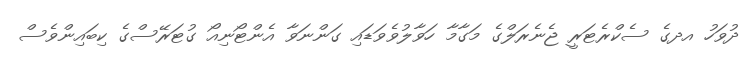
ދުވަހު އދގެ ސެކްރެޓަރީ ޖެނެރަލްގެ މަގާމާ ހަވާލުވެވަޑައި ގަންނަވާ އެންޓޯނިއޯ ގުޓަރޭސްގެ ކިބައިންވެސް